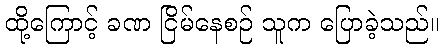
ထို့ကြောင့် ခဏ ငြိမ်နေစဉ် သူက ပြောခဲ့သည်။